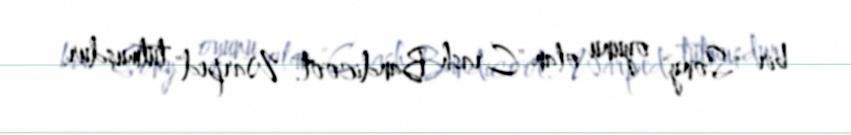
bir "Sony" oyunu olan "Crash Bandicoot: Warped" tutmuşdur.